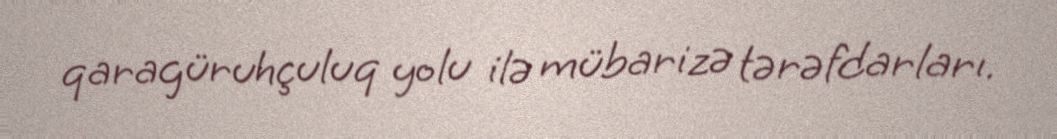
qaragüruhçuluq yolu ilə mübarizə tərəfdarları.